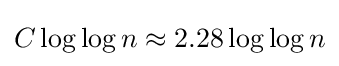
C\log \log n\approx 2.28\log \log n